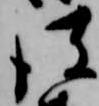
彼